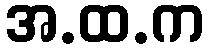
အ.ထ.က